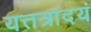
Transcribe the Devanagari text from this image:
यत्तत्रादयं